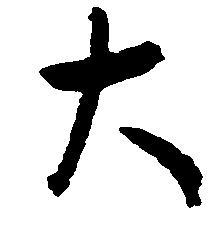
大